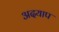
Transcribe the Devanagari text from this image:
अदयाप